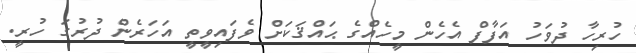
ހުރިހާ ދުވަހު އަފާފް އެހެން މީހެއްގެ ޙައްޤަކަށް ވެފައިވީތީ އަހަރެން ދުރުގަ ހުރީ.